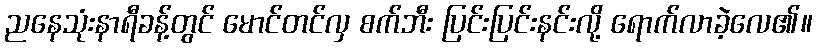
ညနေသုံးနာရီခန့်တွင် မောင်တင်လှ စက်ဘီး ပြင်းပြင်းနင်းလို့ ရောက်လာခဲ့လေ၏။